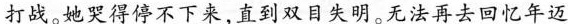
打战。她哭得停不下来，直到双目失明。无法再去回忆年迈